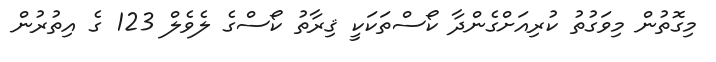
މިގޮތުން މިވަގުތު ކުރިއަށްގެންދާ ކޯސްތަކަކީ ޤިރާތު ކޯސްގެ ލެވެލް 123 ގެ އިތުރުން